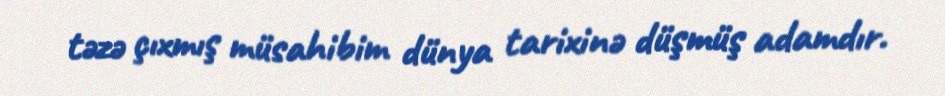
təzə çıxmış müsahibim dünya tarixinə düşmüş adamdır.